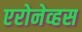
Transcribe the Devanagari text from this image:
एरोनेव्हस